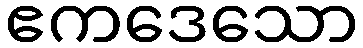
ဧကဒေသော